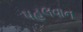
પહલવાન